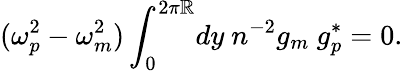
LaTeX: (\omega_{p}^{2}-\omega_{m}^{2})\int_{0}^{2\pi\mathbb{R}}\! dy\ n^{-2}g_{m}\ g_{p}^{*}=0.